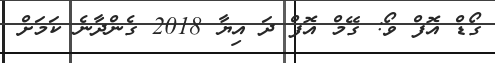
ގޯޑް އޮފް ވޯ: ގޭމް އޮފް ދަ އިޔާ 2018 ގެންދާނެ ކަމަށް